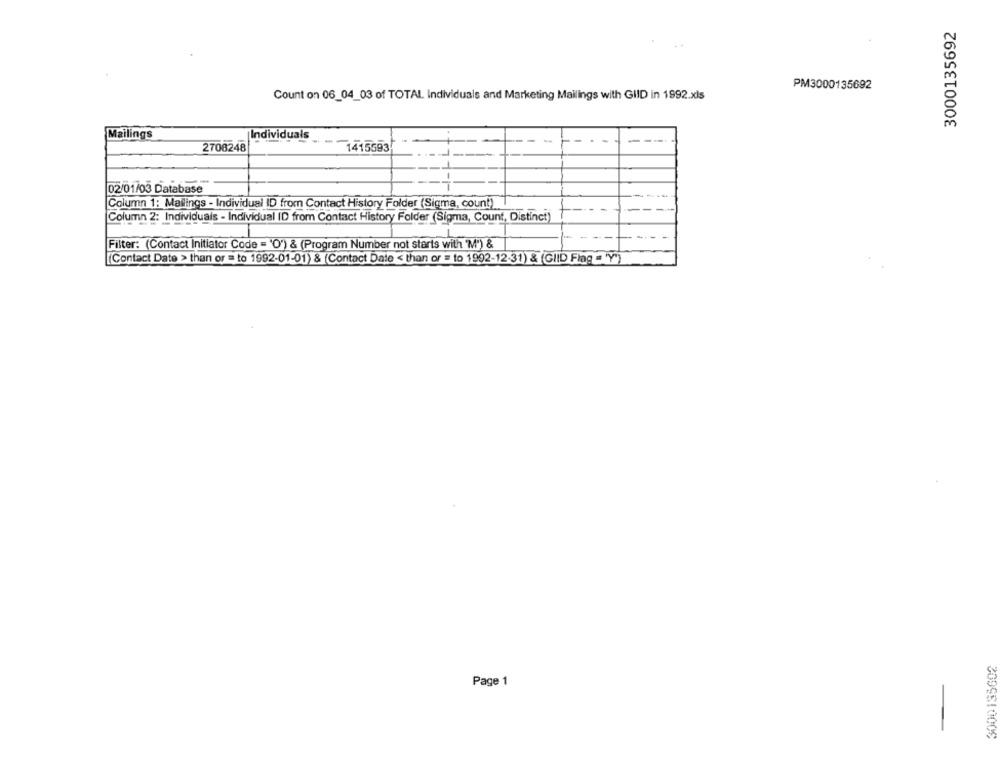
3000135692
PM3000135692
Count on 06_04_03 of TOTAL Individuals and Marketing Mailings with GIID in 1992.xls
Mailings
----
Individuals
2708248
1415593
--
02/01/03 Database
-1-
Column 1: Mailings - Individual ID from Contact History Folder (Sigma, count) I
Column 2: Individuais - Individual ID from Contact History Folder (Sigma, Count, Distinct)
Filter: (Contact Initiator Code = 'O') & (Program Number not starts with "M") &
[Contact Date > than or = to 1992-01-01) & (Contact Date < than or = to 1992-12-31) & (GID Flag = 'Y')
3000135602
Page 1